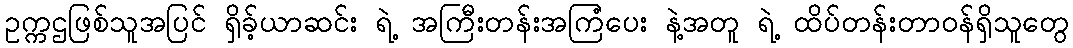
ဥက္ကဌဖြစ်သူအပြင် ရှိခ့်ယာဆင်း ရဲ့ အကြီးတန်းအကြံပေး နဲ့အတူ ရဲ့ ထိပ်တန်းတာဝန်ရှိသူတွေ